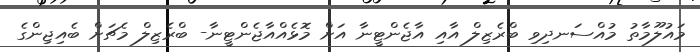
މައުލޫމާތު މުއްސަނދިވި ބްރެޒިލް އާއި އާޖެންޓީނާ އަށް މޮޅެއްއާޖެންޓީނާ- ބްރެޒިލް މެޗަށް ބެއިޖިންގެ